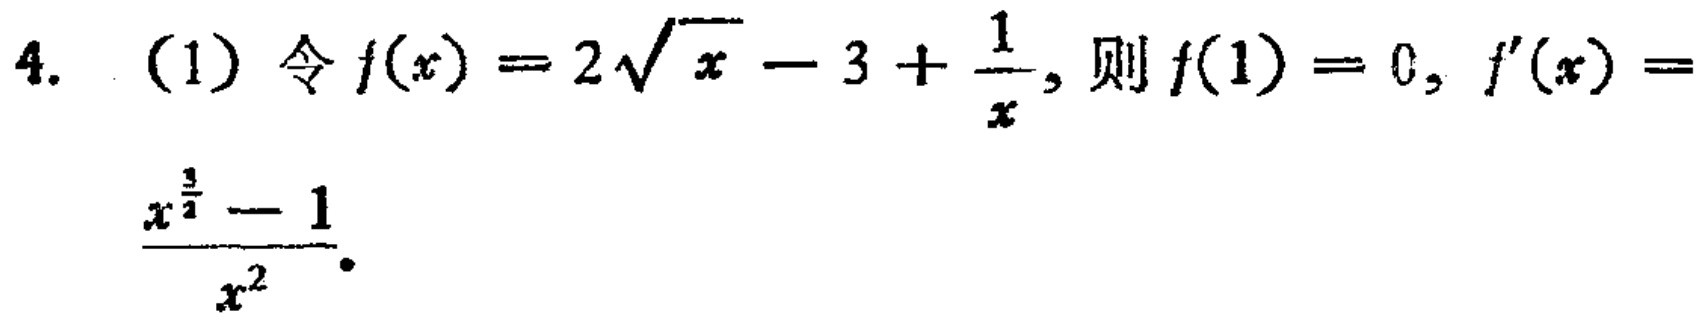
4. (1) 令 \(f(x)=2\sqrt{x}-3+\frac{1}{x}\), 则 \(f(1)=0\), \(f^{\prime}(x)=\frac{x^{\frac{3}{2}} - 1}{x^{2}}\).